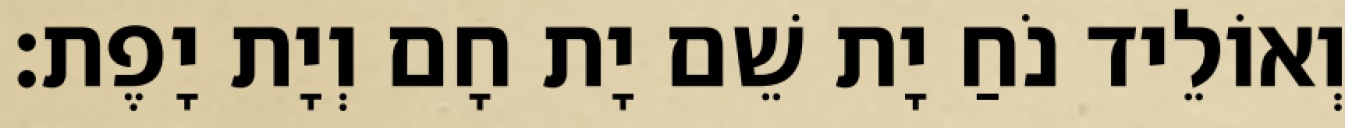
וְאוֹלֵיד נֹחַ יָת שֵׁם יָת חָם וְיָת יָפֶת׃